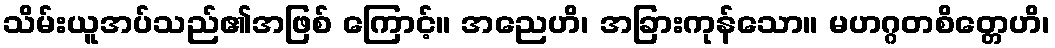
သိမ်းယူအပ်သည်၏အဖြစ် ကြောင့်။ အညေဟိ၊ အခြားကုန်သော။ မဟဂ္ဂတစိတ္တေဟိ၊